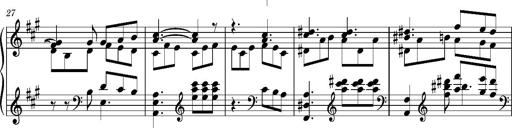
Title: PriÃ¨re d'un enfant Ã  son rÃ©veil
Composer: Franz Liszt
Key: A major